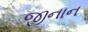
જીનાન